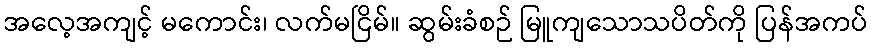
အလေ့အကျင့် မကောင်း၊ လက်မငြိမ်။ ဆွမ်းခံစဉ် မြူကျသောသပိတ်ကို ပြန်အကပ်